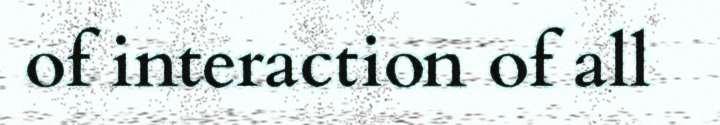
of interaction of all